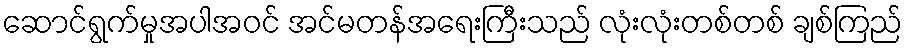
ဆောင်ရွက်မှုအပါအဝင် အင်မတန်အရေးကြီးသည် လုံးလုံးတစ်တစ် ချစ်ကြည်